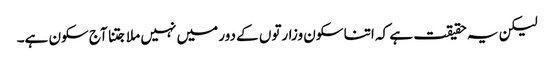
لیکن یہ حقیقت ہے کہ اتنا سکون وزارتوں کے دور میں نہیں ملا جتنا آج سکون ہے۔